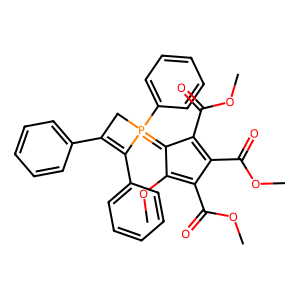
SMILES: COC(=O)C1=C(OC)C(=P2(c3ccccc3)CC(c3ccccc3)=C2c2ccccc2)C(C(=O)OC)=C1C(=O)OC
Inhibits HIV replication: No